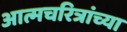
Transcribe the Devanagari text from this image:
आत्मचरित्रांच्या